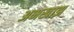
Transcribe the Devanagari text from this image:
अभखाझ